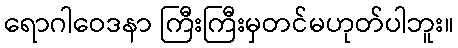
ရောဂါဝေဒနာ ကြီးကြီးမှတင်မဟုတ်ပါဘူး။